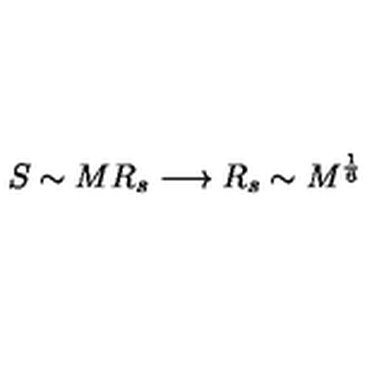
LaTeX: S \sim M R _ { s } \longrightarrow R _ { s } \sim M ^ { \frac { 1 } { 6 } }